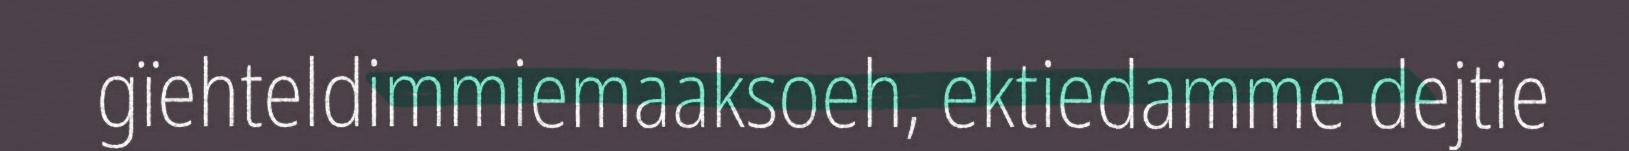
gïehteldimmiemaaksoeh, ektiedamme dejtie